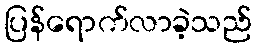
ပြန်ရောက်လာခဲ့သည်